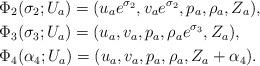
LaTeX: \begin{align*}&\Phi_2(\sigma_2;U_a)=(u_{a}e^{\sigma_2},v_{a}e^{\sigma_2},p_a,\rho_a,Z_a),\\&\Phi_3(\sigma_3;U_a)=(u_a,v_a,p_a,\rho_ae^{\sigma_3},Z_a),\\&\Phi_4(\alpha_4;U_a)=(u_a,v_a,p_a,\rho_a,Z_a+\alpha_4).\end{align*}